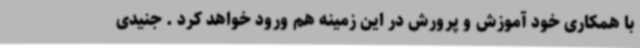
با همکاری خود آموزش و پرورش در این زمینه هم ورود خواهد کرد . جنیدی